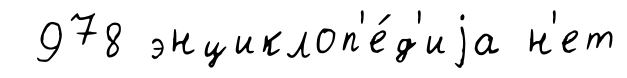
978 энциклоп'е́д'иjа н'ет